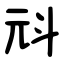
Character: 㪴